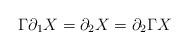
LaTeX: \begin{align*}\Gamma \partial_1 X = \partial_2 X = \partial_2 \Gamma X\end{align*}